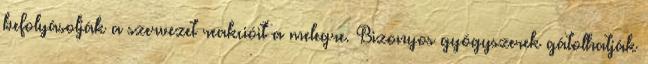
befolyásolják a szervezet reakcióit a melegre. Bizonyos gyógyszerek gátolhatják